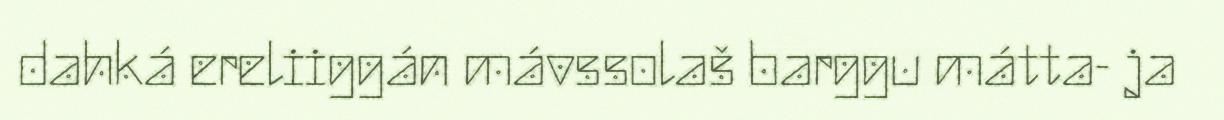
dahká ereliiggán mávssolaš barggu mátta- ja